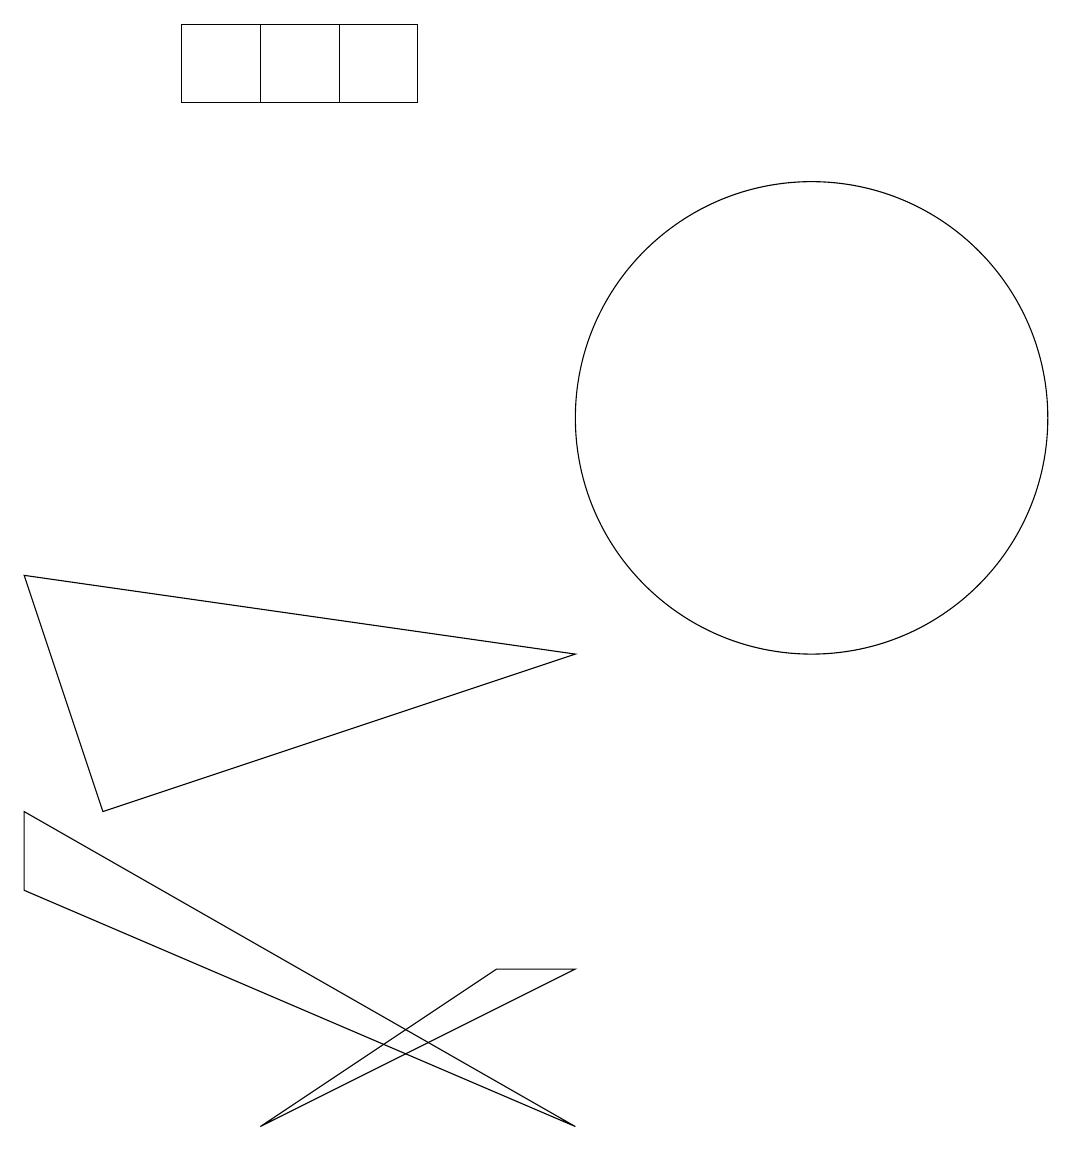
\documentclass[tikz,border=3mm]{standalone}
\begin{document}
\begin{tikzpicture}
\draw (7,1) -- (0,4) -- (0,5) -- cycle;
\draw (10,10) circle (3);
\draw (3,1) -- (7,3) -- (6,3) -- cycle;
\draw (3,14) rectangle (4,15);
\draw (7,7) -- (0,8) -- (1,5) -- cycle;
\draw (5,14) rectangle (2,15);
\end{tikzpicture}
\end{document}